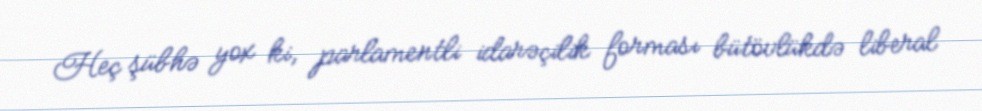
Heç şübhə yox ki, parlamentli idarəçilik forması bütövlükdə liberal